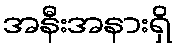
အနီးအနားရှိ